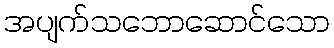
အပျက်သဘောဆောင်သော